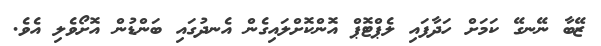
ޒޭބާ ނޭނގޭ ކަމަށް ހަދާފައި ލެޕްޓޮޕް އޮންކޮށްލައިގެން އެނދުގައި ބަންޑުން އޮށޯވެލި އެވެ.